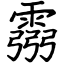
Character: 霛